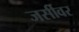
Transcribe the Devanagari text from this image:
जर्सीवर